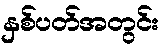
နှစ်ပတ်အတွင်း